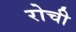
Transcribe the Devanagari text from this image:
रोची